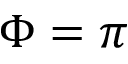
\Phi = \pi